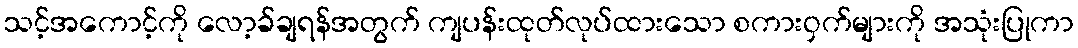
သင့်အကောင့်ကို လော့ခ်ချရန်အတွက် ကျပန်းထုတ်လုပ်ထားသော စကားဝှက်များကို အသုံးပြုကာ